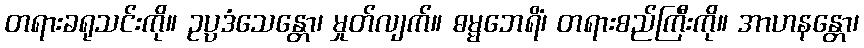
တရားခရုသင်းကို။ ဥပ္ပဒံသေန္တော၊ မှုတ်လျက်။ ဓမ္မဘေရိံ၊ တရားစည်ကြီးကို။ အာဟနန္တော၊